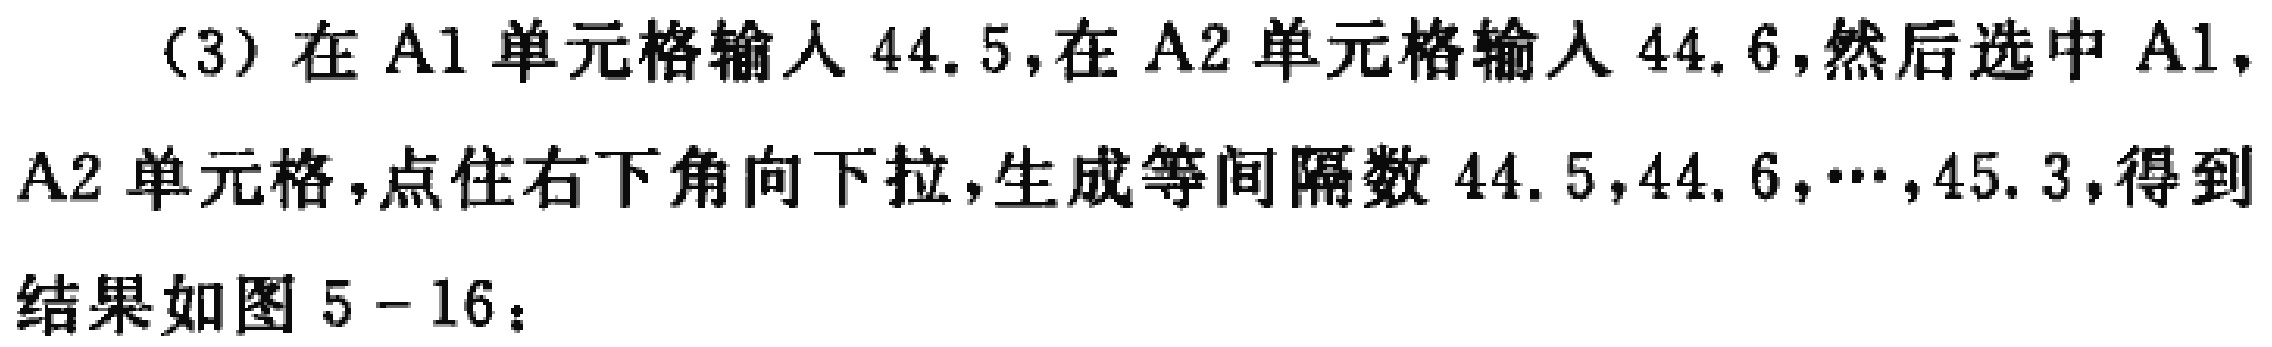
(3) 在A1单元格输入44.5,在A2单元格输入44.6,然后选中A1，A2单元格，点住右下角向下拉，生成等间隔数44.5,44.6,⋯,45.3,得到结果如图5 - 16：